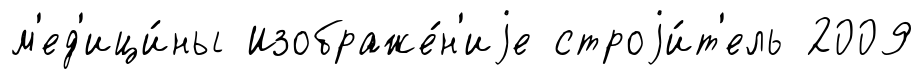
м'ед'ици́ны Изображе́н'иjе строjи́т'ель 2009